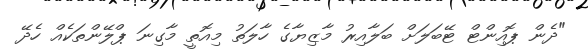
"ދެން ޕޮއިންޓް ޓޭބަލަށް ބަލާއިރު މާޒިޔާގެ ހާލަތު މިއޮތީ މާގިނަ ޕްލޭންތަކެއް ހެދޭ